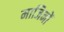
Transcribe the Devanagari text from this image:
माजिनों